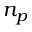
n _ { p }